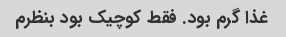
غذا گرم بود. فقط کوچیک بود بنظرم